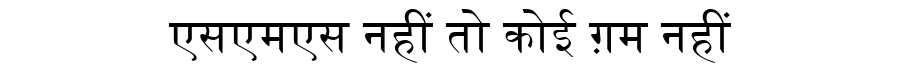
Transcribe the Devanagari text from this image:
एसएमएस नहीं तो कोई ग़म नहीं